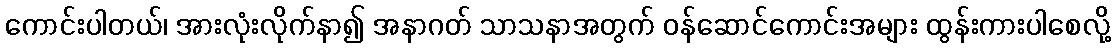
ကောင်းပါတယ်၊ အားလုံးလိုက်နာ၍ အနာဂတ် သာသနာအတွက် ဝန်ဆောင်ကောင်းအများ ထွန်းကားပါစေလို့